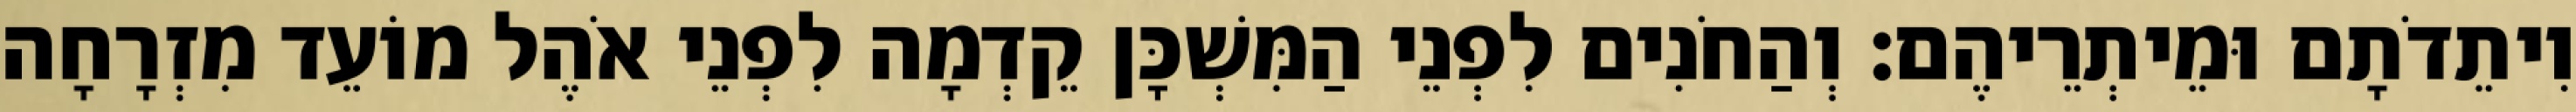
וִיתֵדֹתָם וּמֵיתְרֵיהֶם׃ וְהַחֹנִים לִפְנֵי הַמִּשְׁכָּן קֵדְמָה לִפְנֵי אֹהֶל מוֹעֵד מִזְרָחָה